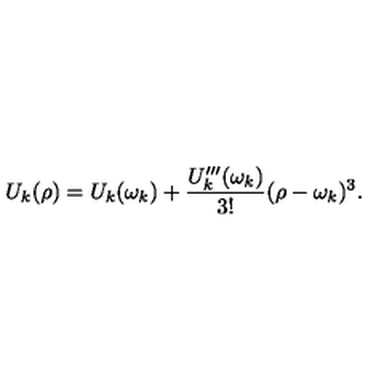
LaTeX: U _ { k } ( \rho ) = U _ { k } ( \omega _ { k } ) + \frac { U _ { k } ^ { \prime \prime \prime } ( \omega _ { k } ) } { 3 ! } ( \rho - \omega _ { k } ) ^ { 3 } .